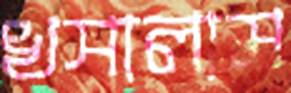
খসালাম